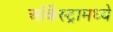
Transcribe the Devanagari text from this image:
ऑर्केस्ट्रामध्ये